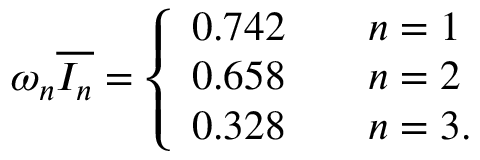
\omega _ { n } \overline { { { { \cal I } _ { n } } } } = \left\{ \begin{array} { l c } { { 0 . 7 4 2 \qquad n = 1 } } \\ { { 0 . 6 5 8 \qquad n = 2 } } \\ { { 0 . 3 2 8 \qquad n = 3 . } } \end{array} \right.